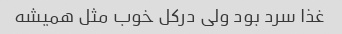
غذا سرد بود ولی درکل خوب مثل همیشه